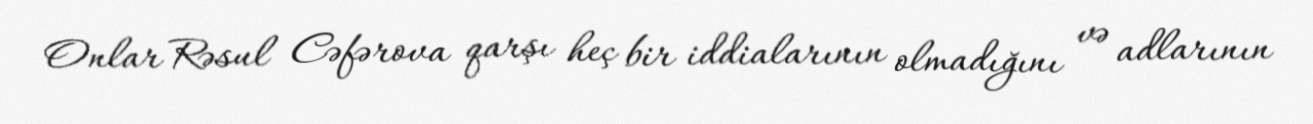
Onlar Rəsul Cəfərova qarşı heç bir iddialarının olmadığını və adlarının